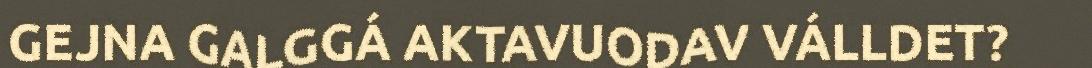
GEJNA GALGGÁ AKTAVUODAV VÁLLDET?